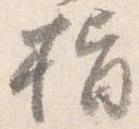
指